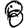
Digit: 8